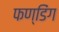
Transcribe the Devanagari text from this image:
फण्डिंग